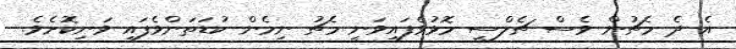
އެ ދެ މެޗުން ވެސް ޗެލްސީ މޮޅުވެފައިވަނީ މެޗު ނިމެން ކުޑަތަންވެފައި ވަނިކޮށެވެ.